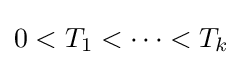
0<T_{1}<\cdots <T_{k}